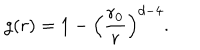
g ( r ) = 1 - \left( \frac { r _ { 0 } } { r } \right) ^ { d - 4 } .